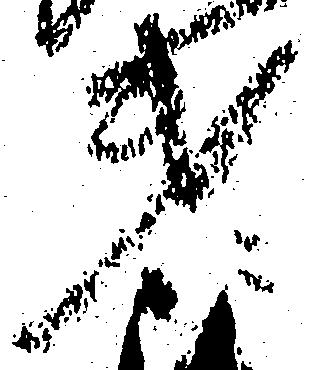
第